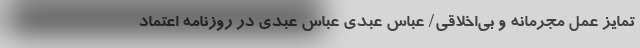
تمایز عمل مجرمانه و بی‌اخلاقی/ عباس عبدی عباس عبدی در روزنامه اعتماد